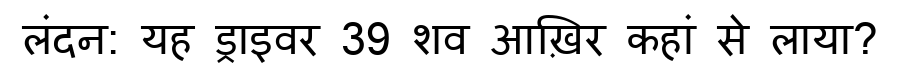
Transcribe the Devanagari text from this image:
लंदन: यह ड्राइवर 39 शव आख़िर कहां से लाया?